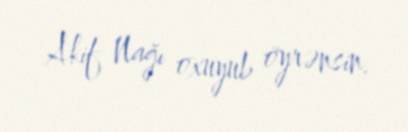
Akif Nağı oxuyub öyrənsin.